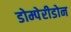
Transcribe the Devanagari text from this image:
डोम्पेरीडोन